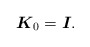
\begin{gather*} \boldsymbol{K}_0=\boldsymbol{I} .\end{gather*}